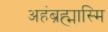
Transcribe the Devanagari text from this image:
अहंब्रह्मास्मि